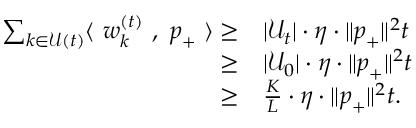
\begin{array} { r l } { \sum _ { k \in \mathcal { U } ( t ) } \langle ~ { \boldsymbol w } _ { k } ^ { ( t ) } ~ , ~ { \boldsymbol p } _ { + } ~ \rangle \ge } & { | \mathcal { U } _ { t } | \cdot \eta \cdot \| { \boldsymbol p } _ { + } \| ^ { 2 } t } \\ { \ge } & { | \mathcal { U } _ { 0 } | \cdot \eta \cdot \| { \boldsymbol p } _ { + } \| ^ { 2 } t } \\ { \ge } & { \frac { K } { L } \cdot \eta \cdot \| { \boldsymbol p } _ { + } \| ^ { 2 } t . } \end{array}